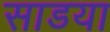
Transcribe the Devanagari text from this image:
साडया